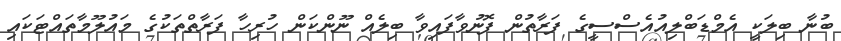
ބުނާ ބިލަކީ އެމްޑަބްލިއުއެސްސީގެ ފަރާތުން ފޮނުވާފައިވާ ބިލެއް ނޫންކަން ހުރިހާ ފަރާތްތަކުގެ މައުލޫމާތައްޓަކައި